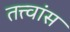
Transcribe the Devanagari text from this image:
तत्त्वांस